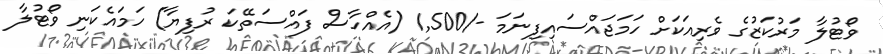
ވޯޓުލާ މަރުކަޒުގެ ވެރިއަކަށް ހަމަޖައްސައިފިނަމަ -/1